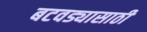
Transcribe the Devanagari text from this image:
बटवड्यासाठी